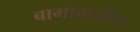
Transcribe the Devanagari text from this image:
बागायतीचा